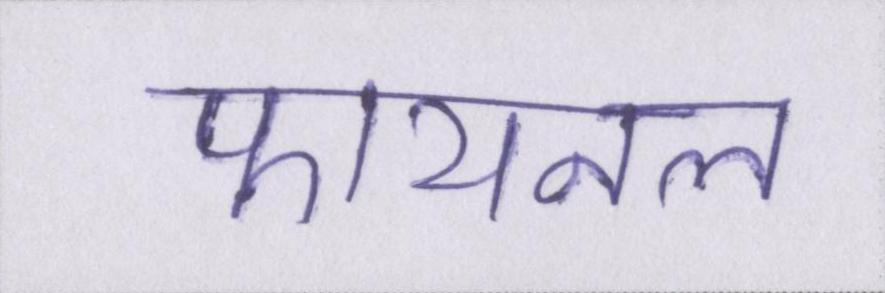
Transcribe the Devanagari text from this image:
फायनल